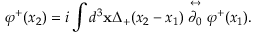
\varphi ^ { + } ( x _ { 2 } ) = i \int d ^ { 3 } { \bf x } \Delta _ { + } ( x _ { 2 } - x _ { 1 } ) \stackrel { \leftrightarrow } { \partial _ { 0 } } \varphi ^ { + } ( x _ { 1 } ) .